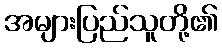
အများပြည်သူတို့၏